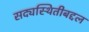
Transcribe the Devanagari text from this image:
सद्यस्थितीबद्दल